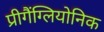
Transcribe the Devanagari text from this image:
प्रीगैंग्लियोनिक